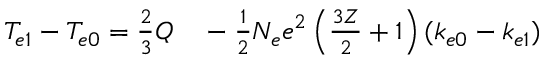
\begin{array} { r l } { T _ { e 1 } - T _ { e 0 } = \frac { 2 } { 3 } Q } & { { } - \frac { 1 } { 2 } N _ { e } e ^ { 2 } \left( \frac { 3 Z } { 2 } + 1 \right) ( k _ { e 0 } - k _ { e 1 } ) } \end{array}